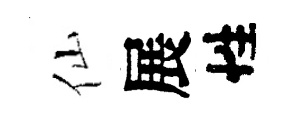
仙展性